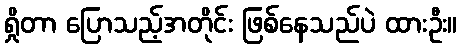
ရှိုတာ ပြောသည့်အတိုင်း ဖြစ်နေသည်ပဲ ထားဦး။